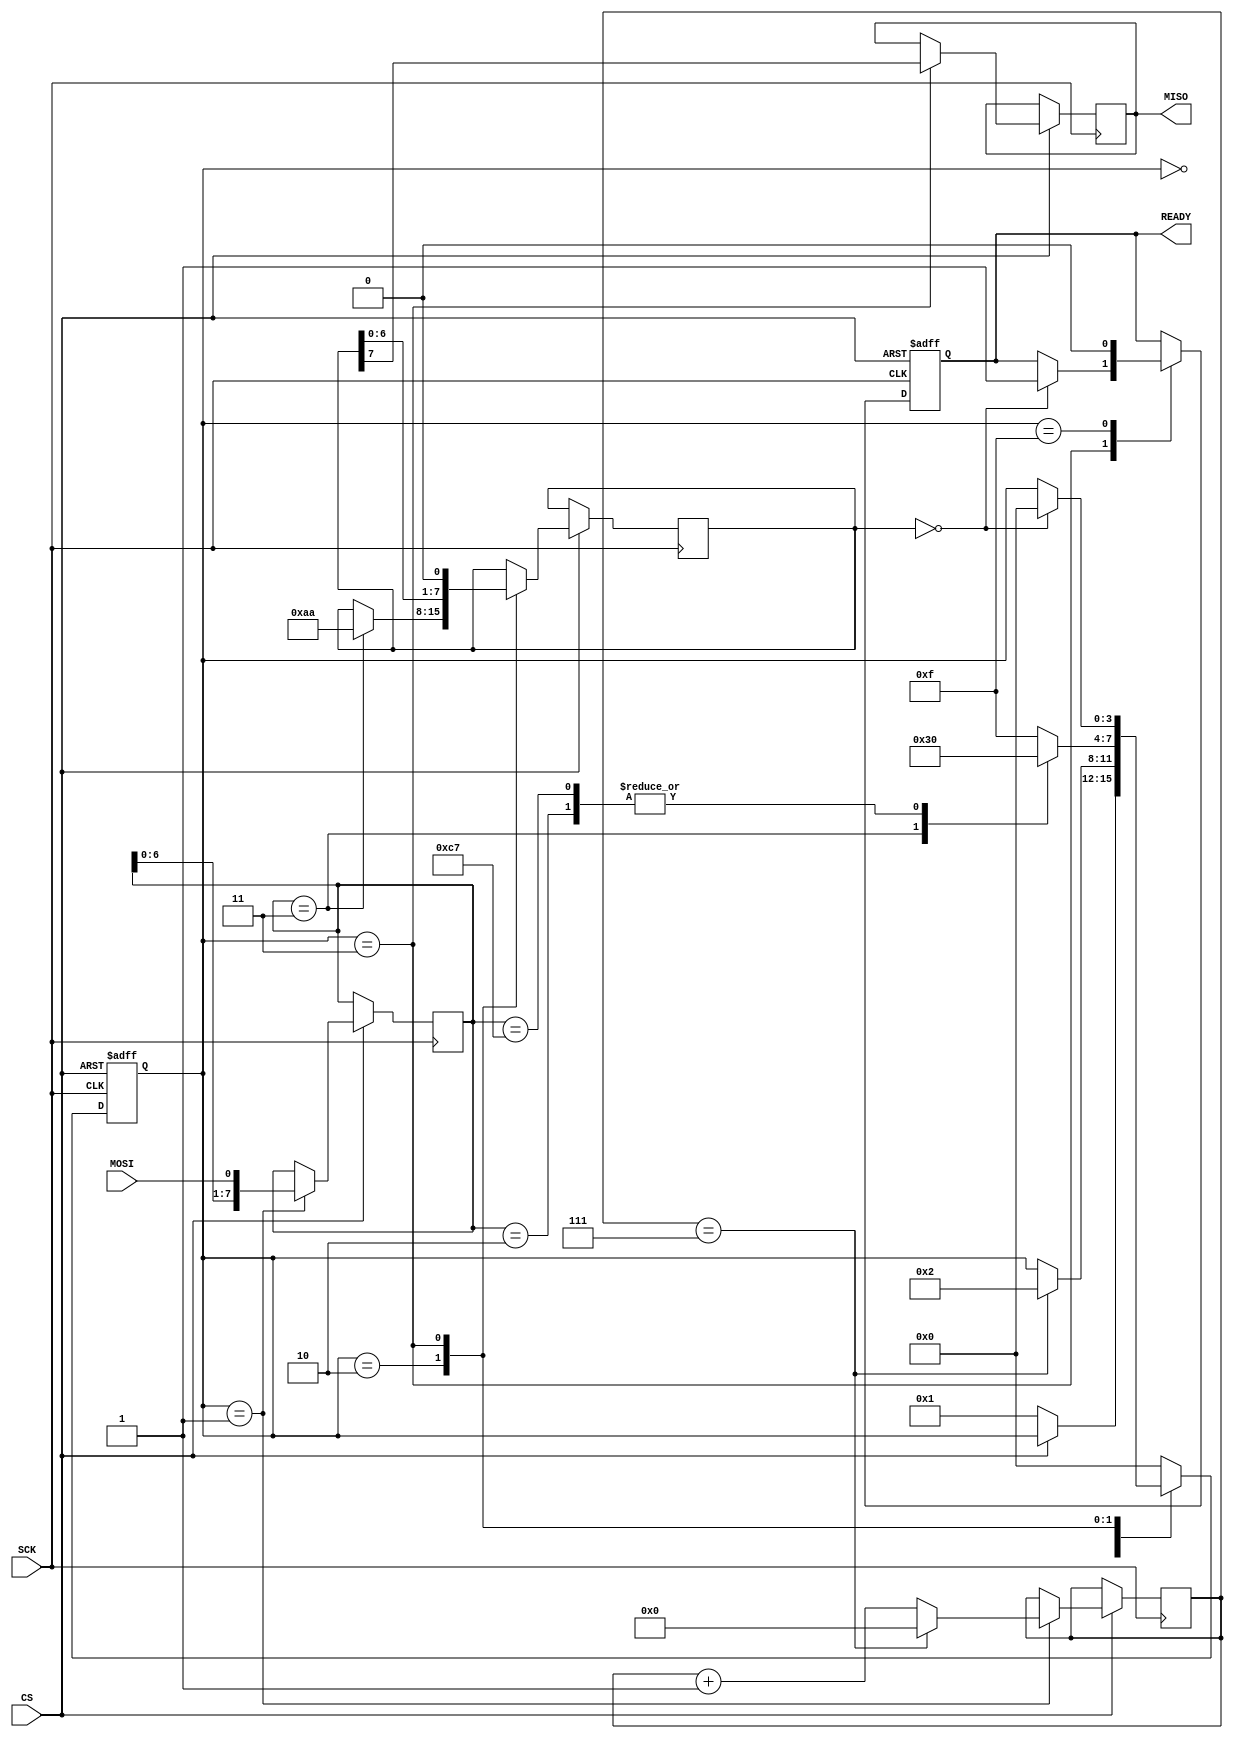
module spi_flash (
    input wire SCK,        // Serial Clock input
    input wire MOSI,       // Master Out Slave In
    input wire CS,         // Chip Select (active low)
    output reg MISO,       // Master In Slave Out
    output reg READY       // Status signal
);

    // Internal registers
    reg [7:0] data_reg;    // Data register
    reg [7:0] command_reg; // Command register
    reg [7:0] status_reg;  // Status register
    reg [3:0] state;       // State register

    // State encoding
    localparam IDLE            = 4'b0000;
    localparam RECEIVE_COMMAND  = 4'b0001;
    localparam EXECUTE_COMMAND  = 4'b0010;
    localparam SEND_DATA        = 4'b0011;
    localparam ERROR            = 4'b1111;

    // Timing control
    reg [7:0] clock_divider; // Simple clock divider for timing

    // State machine
    always @(posedge SCK or negedge CS) begin
        if (!CS) begin // Chip Select active
            state <= IDLE;
            READY <= 1'b0; // Not ready until command is processed
        end else begin
            case (state)
                IDLE: begin
                    if (!CS) begin
                        state <= RECEIVE_COMMAND;
                    end
                end
                
                RECEIVE_COMMAND: begin
                    // Capture command from MOSI
                    command_reg <= {command_reg[6:0], MOSI};
                    if (clock_divider == 7) begin // Assuming 8 clock cycles for command
                        state <= EXECUTE_COMMAND;
                        clock_divider <= 0;
                    end else begin
                        clock_divider <= clock_divider + 1;
                    end
                end
                
                EXECUTE_COMMAND: begin
                    // Execute command based on command_reg
                    case (command_reg)
                        8'h03: begin // READ command
                            // Simulate read operation
                            data_reg <= 8'hAA; // Dummy data for read
                            state <= SEND_DATA;
                        end
                        8'h02: begin // WRITE command
                            // Simulate write operation (data would be captured in a real design)
                            status_reg[0] <= 1'b1; // Indicate write in progress
                            // Here you would implement actual write logic
                            state <= IDLE; // Go back to IDLE after write
                        end
                        8'hC7: begin // ERASE command
                            // Simulate erase operation
                            status_reg[1] <= 1'b1; // Indicate erase in progress
                            // Here you would implement actual erase logic
                            state <= IDLE; // Go back to IDLE after erase
                        end
                        default: begin
                            state <= ERROR; // Invalid command
                        end
                    endcase
                end
                
                SEND_DATA: begin
                    // Send data back to master via MISO
                    MISO <= data_reg[7]; // Send MSB first
                    data_reg <= {data_reg[6:0], 1'b0}; // Shift data
                    if (data_reg == 8'b0) begin
                        state <= IDLE; // Go back to IDLE after sending
                        READY <= 1'b1; // Indicate ready for next operation
                    end
                end
                
                ERROR: begin
                    // Handle error state
                    READY <= 1'b0; // Not ready
                    state <= IDLE; // Reset to IDLE
                end
                
                default: state <= IDLE; // Safety default
            endcase
        end
    end

endmodule